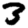
Digit: 3